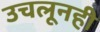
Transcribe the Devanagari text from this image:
उचलूनही